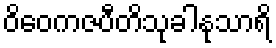
ဝိဝေကဇပီတိသုခါနုသာရိ